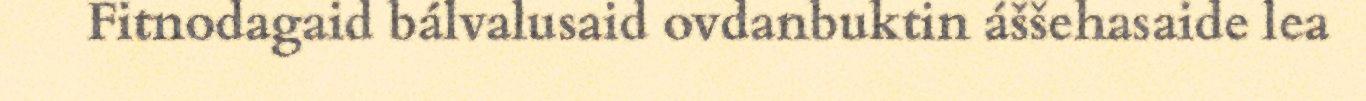
Fitnodagaid bálvalusaid ovdanbuktin áššehasaide lea